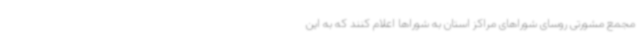
مجمع مشورتی روسای شوراهای مراکز استان به شوراها اعلام کنند که به این